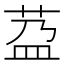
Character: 𦰆